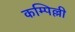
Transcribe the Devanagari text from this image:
कम्पिल्ली